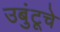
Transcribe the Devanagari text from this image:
उबुंटूचे